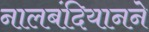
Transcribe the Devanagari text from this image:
नालबंदियानने